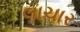
લાચાર